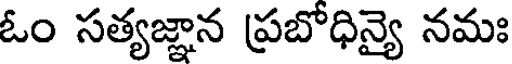
ఓం సత్యజ్ఞాన ప్రబోధిన్యై నమః